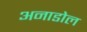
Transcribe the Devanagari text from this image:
अनाडोल